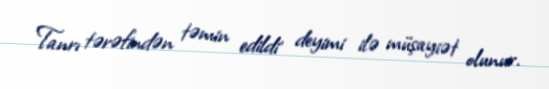
Tanrı tərəfindən təmin edildi' deyimi ilə müşayiət olunur.